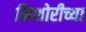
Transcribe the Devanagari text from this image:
किशोरीच्या